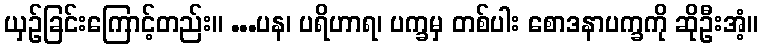
ယှဉ်ခြင်းကြောင့်တည်း။ ...ပန၊ ပရိဟာရ၊ ပက္ခမှ တစ်ပါး စောဒနာပက္ခကို ဆိုဦးအံ့။